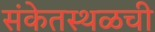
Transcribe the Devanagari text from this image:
संकेतस्थळची